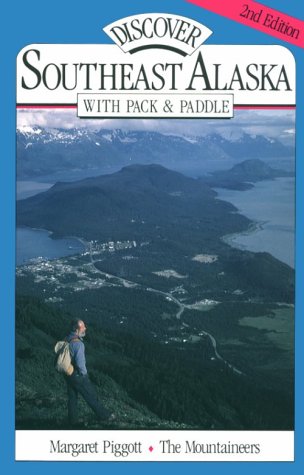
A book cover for Discover Southeast Alaska with Pack and Paddle; Margaret H. Piggott; Travel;